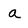
Character: a